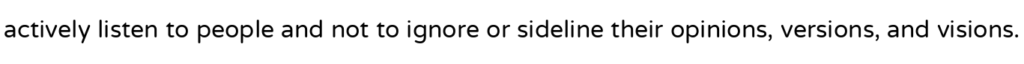
actively listen to people and not to ignore or sideline their opinions, versions, and visions.